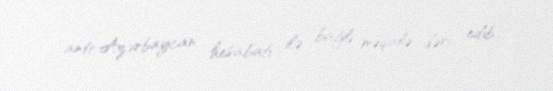
anti-Azərbaycan hesabatı ilə bağlı məqalə dərc edib.